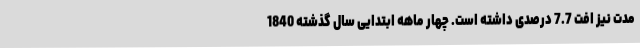
مدت نیز افت 7.7 درصدی داشته است. چهار ماهه ابتدایی سال گذشته 1840